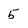
Character: 5